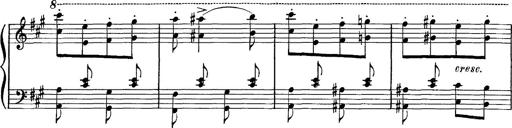
Title: Hungarian Rhapsody No.16
Composer: Franz Liszt
Key: A minor